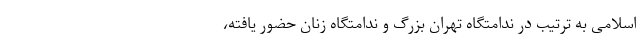
اسلامی به ترتیب در ندامتگاه تهران بزرگ و ندامتگاه زنان حضور یافته،